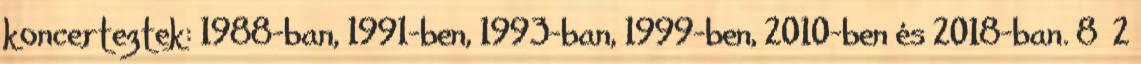
koncerteztek: 1988-ban, 1991-ben, 1993-ban, 1999-ben, 2010-ben és 2018-ban. 8 2